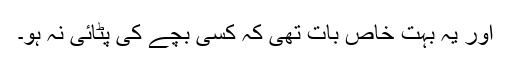
اور یہ بہت خاص بات تھی کہ کسی بچے کی پٹائی نہ ہو۔